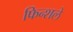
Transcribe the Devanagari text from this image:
फिन्शले